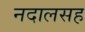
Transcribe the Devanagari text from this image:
नदालसह